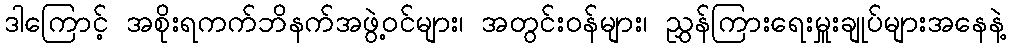
ဒါကြောင့် အစိုးရကက်ဘိနက်အဖွဲ့ဝင်များ၊ အတွင်းဝန်များ၊ ညွှန်ကြားရေးမှူးချုပ်များအနေနဲ့